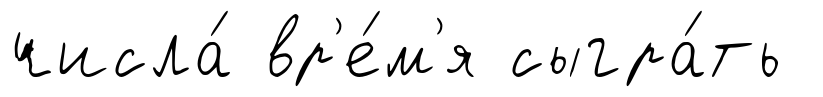
числа́ вр'е́м'я сыгра́ть